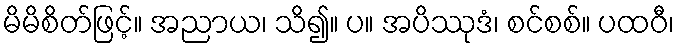
မိမိစိတ်ဖြင့်။ အညာယ၊ သိ၍။ ပ။ အပိဿုဒံ၊ စင်စစ်။ ပထဝီ၊